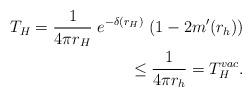
LaTeX: \begin{align*}T_H = {1\over 4\pi r_H} \; e^{-\delta(r_H)} \; (1-2m'(r_h))\\\leq\frac{1}{4\pi r_{h}}=T^{vac}_{H}.\end{align*}